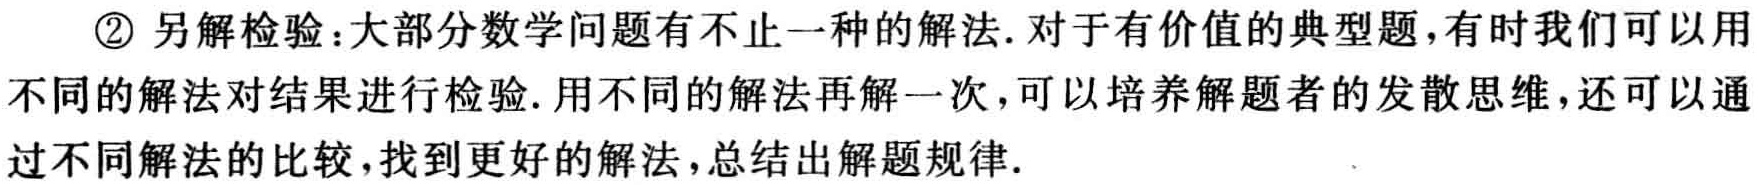
\textcircled{2} 另解检验：大部分数学问题有不止一种的解法. 对于有价值的典型题，有时我们可以用不同的解法对结果进行检验. 用不同的解法再解一次，可以培养解题者的发散思维，还可以通过不同解法的比较，找到更好的解法，总结出解题规律.